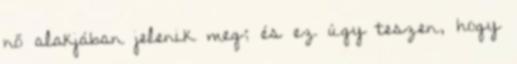
nő alakjában jelenik meg; és ez úgy teszen, hogy